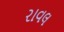
રાવલ